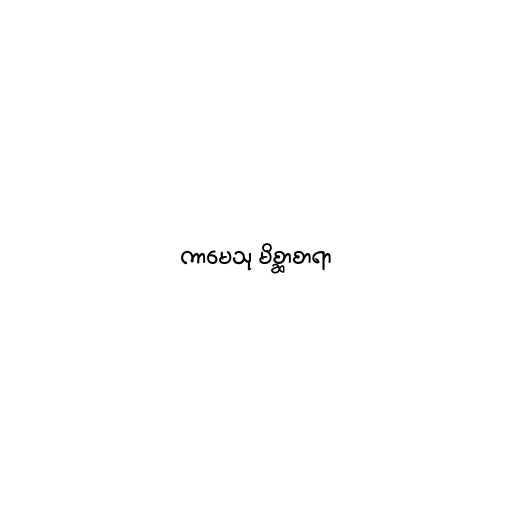
ကာမေသု မိစ္ဆာစာရာ